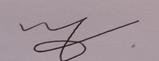
Signature authenticity: forged